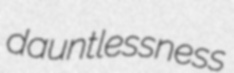
dauntlessness